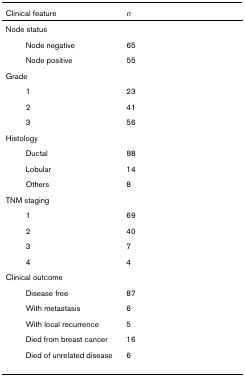
<table><thead><tr><td><b>Clinical feature</b></td><td><b><i>n</i></b></td></tr></thead><tbody><tr><td>Node status</td><td></td></tr><tr><td>Node negative</td><td>65</td></tr><tr><td>Node positive</td><td>55</td></tr><tr><td>Grade</td><td></td></tr><tr><td>1</td><td>23</td></tr><tr><td>2</td><td>41</td></tr><tr><td>3</td><td>56</td></tr><tr><td>Histology</td><td></td></tr><tr><td>Ductal</td><td>88</td></tr><tr><td>Lobular</td><td>14</td></tr><tr><td>Others</td><td>8</td></tr><tr><td>TNM staging</td><td></td></tr><tr><td>1</td><td>69</td></tr><tr><td>2</td><td>40</td></tr><tr><td>3</td><td>7</td></tr><tr><td>4</td><td>4</td></tr><tr><td>Clinical outcome</td><td></td></tr><tr><td>Disease free</td><td>87</td></tr><tr><td>With metastasis</td><td>6</td></tr><tr><td>With local recurrence</td><td>5</td></tr><tr><td>Died from breast cancer</td><td>16</td></tr><tr><td>Died of unrelated disease</td><td>6</td></tr></tbody></table>